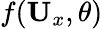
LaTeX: f(\mathbf{U}_{x},\theta)